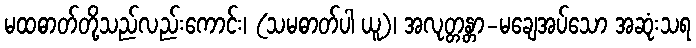
မထဓာတ်တို့သည်လည်းကောင်း၊ (သမဓာတ်ပါ ယူ)၊ အလုတ္တန္တာ-မချေအပ်သော အဆုံးသရ